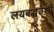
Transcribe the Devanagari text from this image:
लयबद्धतेशी